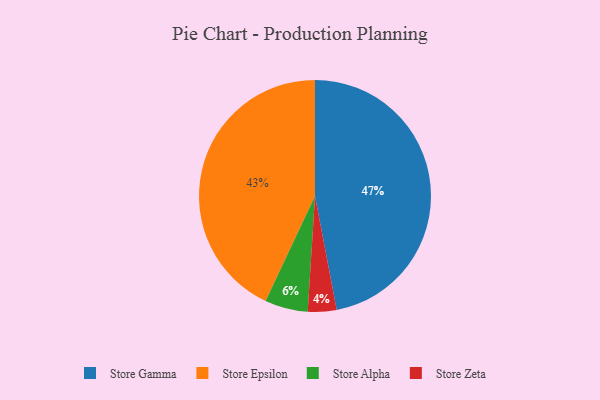
{"axis": {"x": "Category", "y": "Percentage"}, "legend": ["Store Alpha", "Store Epsilon", "Store Gamma", "Store Zeta"], "data": [{"x": "Store Epsilon", "y": 43, "type": "Store Epsilon"}, {"x": "Store Zeta", "y": 4, "type": "Store Zeta"}, {"x": "Store Gamma", "y": 47, "type": "Store Gamma"}, {"x": "Store Alpha", "y": 6, "type": "Store Alpha"}]}